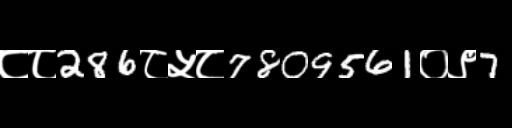
Text: ८८286८५८7809561०९7